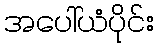
အပေါ်ယံပိုင်း